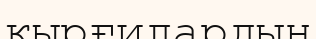
қырғилардың